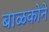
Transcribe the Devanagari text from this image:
बाळकोने